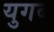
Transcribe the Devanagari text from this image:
युगब